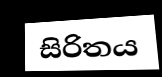
සිරිතය